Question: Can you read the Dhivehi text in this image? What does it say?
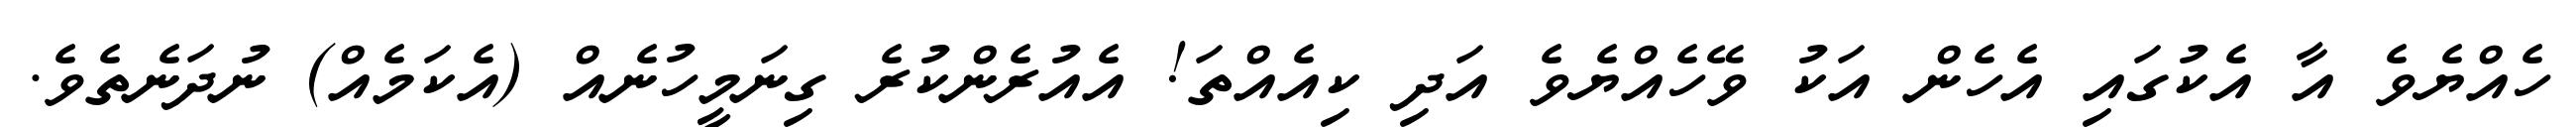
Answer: ހެއްޔެވެ އާ އެކުގައި އެހެން އަކު ވޭހެއްޔެވެ އަދި ކިއެއްތަ! އެއުރެންކުރެ ގިނަމީހުނެއް (އެކަމެއް) ނުދަނެތެވެ.